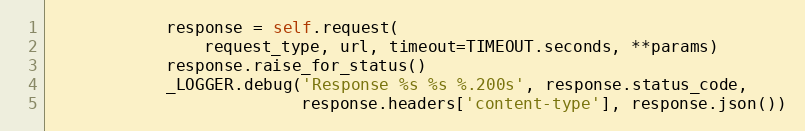
Language: Python
            response = self.request(
                request_type, url, timeout=TIMEOUT.seconds, **params)
            response.raise_for_status()
            _LOGGER.debug('Response %s %s %.200s', response.status_code,
                          response.headers['content-type'], response.json())